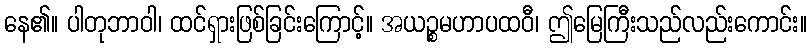
နေ၏။ ပါတုဘာဝါ၊ ထင်ရှားဖြစ်ခြင်းကြောင့်။ အယဉ္စမဟာပထဝီ၊ ဤမြေကြီးသည်လည်းကောင်း။